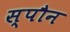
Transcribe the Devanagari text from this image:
स्पौन